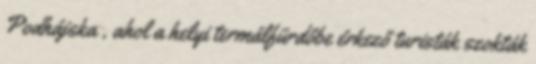
Podhájska , ahol a helyi termálfürdőbe érkező turisták szokták